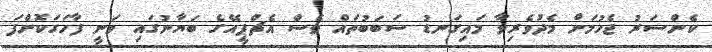
ކެންސަރު ޖެހުމަށް މެދުވެރިވާ މައިގަނޑު ސަބަބުތައް ވެސް އެޗްޕީއޭގެ ބަޔާނުގައި ވަނީ ފާހަގަކޮށްފަ